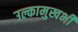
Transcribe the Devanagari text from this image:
उल्कामुखभी